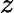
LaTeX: z